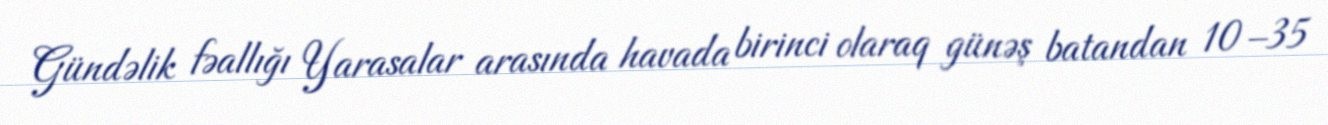
Gündəlik fəallığı Yarasalar arasında havada birinci olaraq günəş batandan 10–35